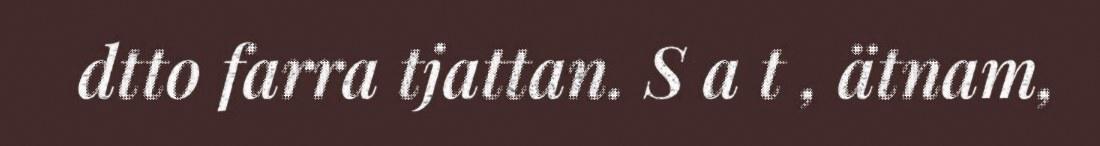
dtto farra tjattan. S a t , ätnam,